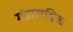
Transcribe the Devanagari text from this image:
मंत्रालयिक